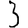
Digit: 3